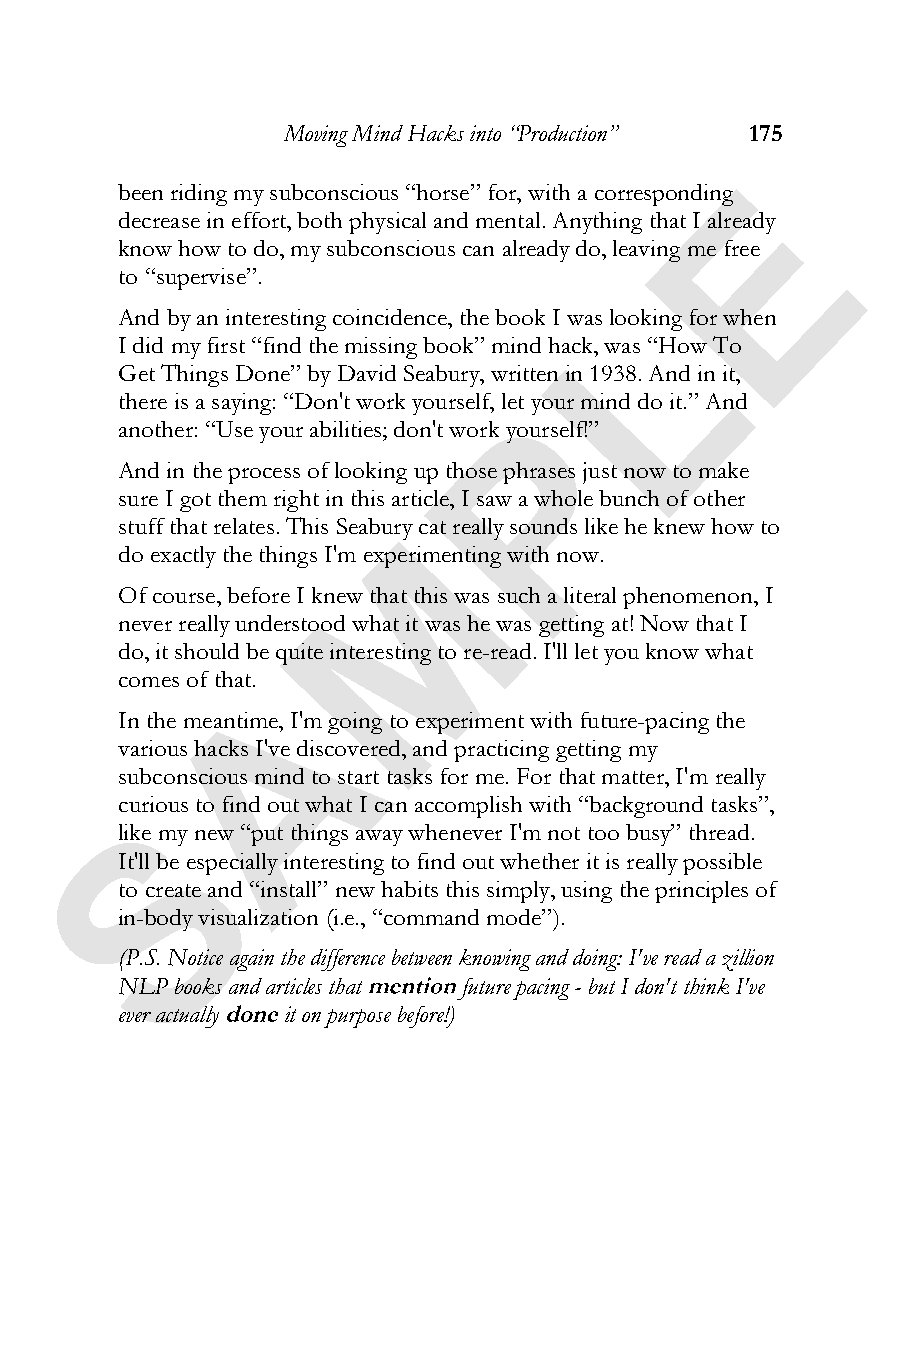
Moving Mind Hacks into “Production” 175
 E
 been riding my subconscious “horse” for, with a corresponding
 decrease in effort, both physical and mental. Anything that I already
 know how to do, my subconscious can already do, leaving me free
 to “supervise”.
 L
 And by an interesting coincidence, the book I was looking for when
 I did my first “find the missing book” mind hack, was “How To
 Get Things Done” by David Seabury, written in 1938. And in it,
 there is a saying: “Don't work yourself, lePt your mind do it.” And
 another: “Use your abilities; don't work yourself!”
 And in the process of looking up those phrases just now to make
 sure I got them right in this article, I saw a whole bunch of other
 stuff that relates. This SeaburMy cat really sounds like he knew how to
 do exactly the things I'm experimenting with now.
 Of course, before I knew that this was such a literal phenomenon, I
 never really understood what it was he was getting at! Now that I
 do, it should be quite interesting to re-read. I'll let you know what
 comes of that.A
 In the meantime, I'm going to experiment with future-pacing the
 various hacks I've discovered, and practicing getting my
 subconscious mind to start tasks for me. For that matter, I'm really
 cSurious to find out what I can accomplish with “background tasks”,
 like my new “put things away whenever I'm not too busy” thread.
 It'll be especially interesting to find out whether it is really possible
 to create and “install” new habits this simply, using the principles of
 in-body visualization (i.e., “command mode”).
 (P.S. Notice again the difference between knowing and doing: I've read a zillion
 NLP books and articles that future pacing - but I don't think I've
 ever actually it on purpose before!)